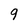
Character: 9